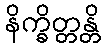
နိက္ခိတ္တန္တိ